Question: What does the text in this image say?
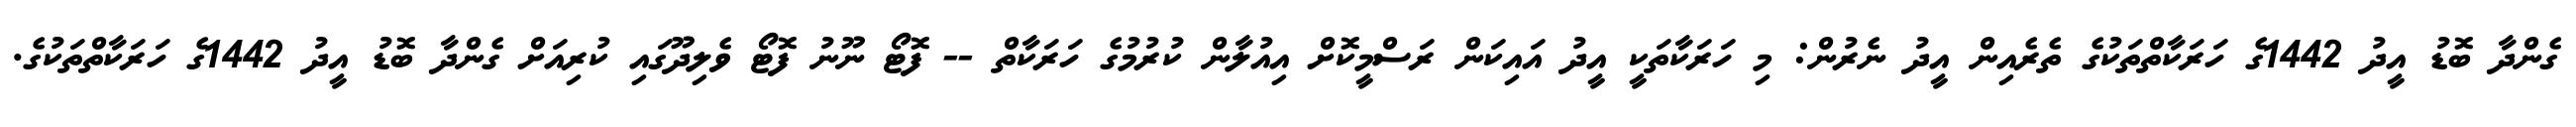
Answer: ގެންދާ ބޮޑު އީދު 1442ގެ ހަރަކާތްތަކުގެ ތެރެއިން އީދު ނެރުން: މި ހަރަކާތަކީ އީދު އައިކަން ރަސްމީކޮށް އިއުލާން ކުރުމުގެ ހަރަކާތް -- ފޮޓޯ ނޫނު ފޮޓޯ ވެލިދޫގައި ކުރިއަށް ގެންދާ ބޮޑު އީދު 1442ގެ ހަރަކާތްތަކުގެ.